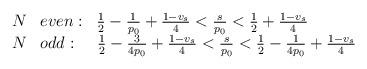
LaTeX: \begin{align*}\begin{array}{rl}N & even: \;\; \frac{1}{2}-\frac{1}{p_0}+\frac{1-v_s}{4} < \frac{s}{p_0} <\frac{1}{2}+\frac{1-v_s}{4} \\N & odd: \;\;\;\; \frac{1}{2}-\frac{3}{4p_0}+\frac{1-v_s}{4} < \frac{s}{p_0} <\frac{1}{2}-\frac{1}{4p_0}+\frac{1-v_s}{4}\end{array}\end{align*}